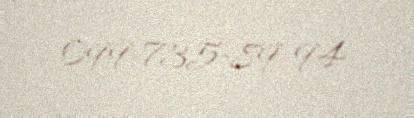
099-735-89-94